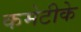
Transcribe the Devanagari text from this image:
कमेटीके